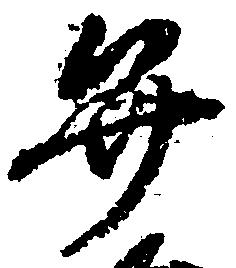
弁